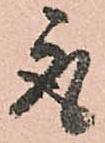
取